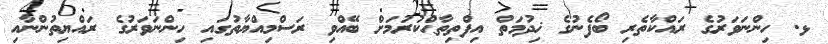
ޅ. ހިންނަވަރުގެ ރައްކާތެރި ބޯފެނުގެ ޚިދުމަތް އިފްތިތާޙްކުރުމަށް ބޭއްވި ރަސްމިއްޔާތުގައި ހިންނަވަރުގެ ރައްޔިތުންނާއި